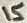
Text: 15